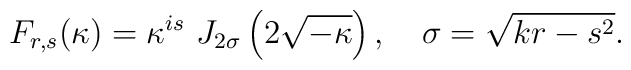
F_{r,s}(\kappa )=\kappa ^{is}\,\,J_{2\sigma }\left( 2\sqrt{-\kappa }\right),\quad \sigma =\sqrt{kr-s^2}.